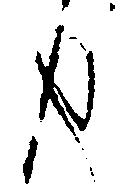
由